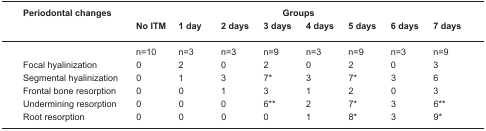
<table><thead><tr><td><b>Periodontal changes</b></td><td colspan="8"><b>Groups</b></td></tr><tr><td></td><td><b>No ITM</b></td><td><b>1 day</b></td><td><b>2 days</b></td><td><b>3 days</b></td><td><b>4 days</b></td><td><b>5 days</b></td><td><b>6 days</b></td><td><b>7 days</b></td></tr></thead><tbody><tr><td></td><td>n=10</td><td>n=3</td><td>n=3</td><td>n=9</td><td>n=3</td><td>n=9</td><td>n=3</td><td>n=9</td></tr><tr><td>Focal hyalinization</td><td>0</td><td>2</td><td>0</td><td>2</td><td>0</td><td>2</td><td>0</td><td>3</td></tr><tr><td>Segmental hyalinization</td><td>0</td><td>1</td><td>3</td><td>7*</td><td>3</td><td>7*</td><td>3</td><td>6</td></tr><tr><td>Frontal bone resorption</td><td>0</td><td>0</td><td>1</td><td>3</td><td>1</td><td>2</td><td>0</td><td>3</td></tr><tr><td>Undermining resorption</td><td>0</td><td>0</td><td>0</td><td>6**</td><td>2</td><td>7*</td><td>3</td><td>6**</td></tr><tr><td>Root resorption</td><td>0</td><td>0</td><td>0</td><td>0</td><td>1</td><td>8*</td><td>3</td><td>9*</td></tr></tbody></table>